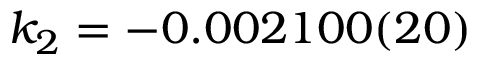
k _ { 2 } = - 0 . 0 0 2 1 0 0 ( 2 0 )